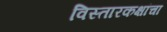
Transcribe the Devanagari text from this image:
विस्तारकक्षांचा